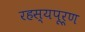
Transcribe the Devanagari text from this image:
रहस्‍यपूर्ण